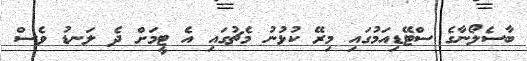
ބާސެލޯނާގެ ސްޓޭޑިއަމުގައި މިރޭ ކުޅުނު މެޗުގައި އެ ޓީމަށް ދެ ލަނޑު ވެސް